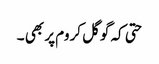
حتی کہ گوگل کروم پر بھی ۔